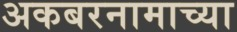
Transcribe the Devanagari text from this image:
अकबरनामाच्या